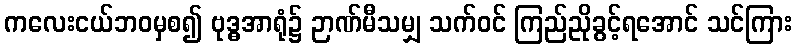
ကလေးငယ်ဘဝမှစ၍ ဗုဒ္ဓအာရုံ၌ ဉာဏ်မီသမျှ သက်ဝင် ကြည်ညိုခွင့်ရအောင် သင်ကြား